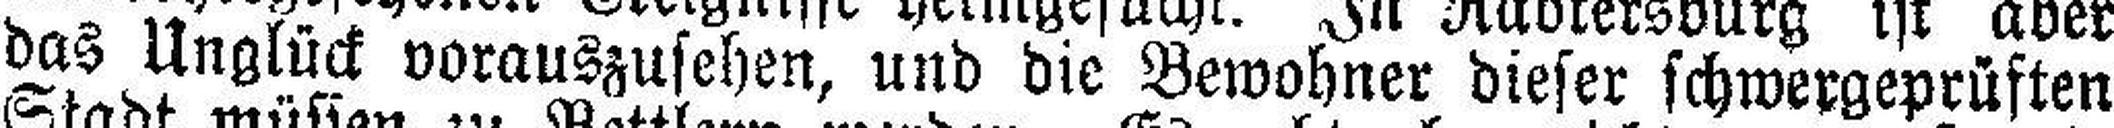
das Unglück vorauszusehen, und die Bewohner dieser schwergeprüften